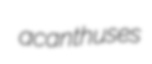
acanthuses